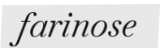
farinose